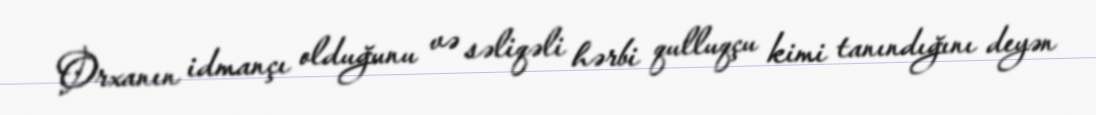
Orxanın idmançı olduğunu və səliqəli hərbi qulluqçu kimi tanındığını deyən